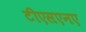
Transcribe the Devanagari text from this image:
टीएसएनए